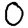
Digit: 0